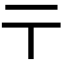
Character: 𬼽